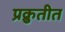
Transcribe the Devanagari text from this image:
प्रक्रुतीत